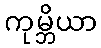
ကုမ္ဘိယာ